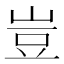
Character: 豈